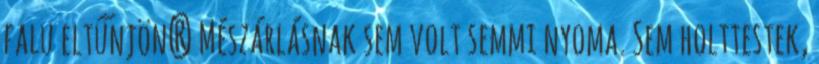
falu eltűnjön? Mészárlásnak sem volt semmi nyoma. Sem holttestek,